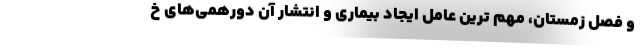
و فصل زمستان، مهم ترین عامل ایجاد بیماری و انتشار آن دورهمی‌های خ